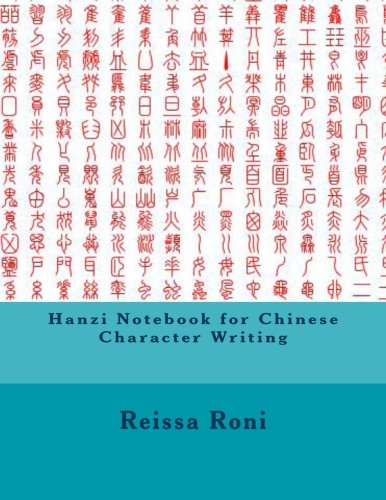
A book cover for Hanzi Notebook for Chinese Character Writing: Paper with guides for writing Chinese characters; Reissa Roni; Reference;